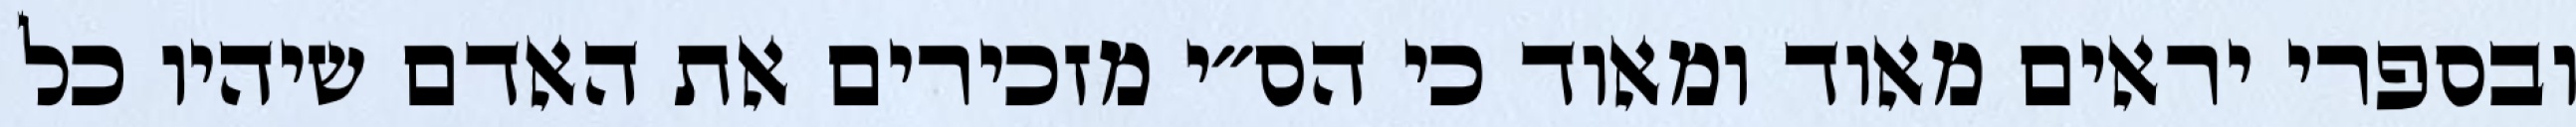
ובספרי יראים מאוד ומאוד כי הס״י מזכירים את האדם שיהיו כל